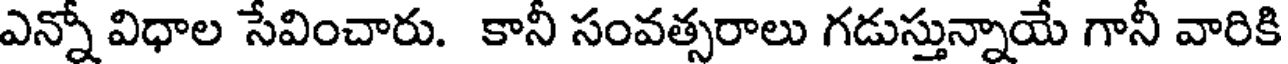
ఎన్నో విధాల సేవించారు. కానీ సంవత్సరాలు గడుస్తున్నాయే గానీ వారికి